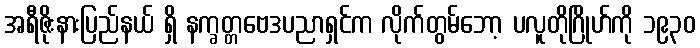
အရီဇိုးနားပြည်နယ် ရှိ နက္ခတ္တဗေဒပညာရှင်က လိုက်တွမ်ဘော့ ပလူတိုဂြိုဟ်ကို ၁၉၃၀